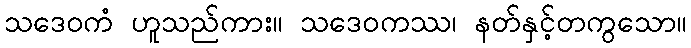
သဒေဝကံ ဟူသည်ကား။ သဒေဝကဿ၊ နတ်နှင့်တကွသော။